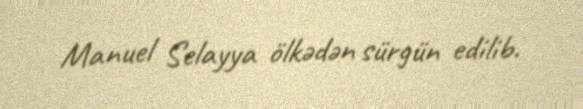
Manuel Selayya ölkədən sürgün edilib.